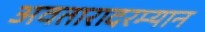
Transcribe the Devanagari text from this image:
अवतारादरम्यान